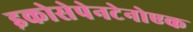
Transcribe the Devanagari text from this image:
इकोसेपेनटेनोएक